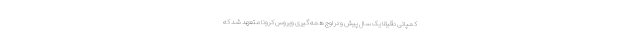
کمپانی دقیقا یک سال پیش و در اوج همه گیری ویروس کرونا متعهد شد که